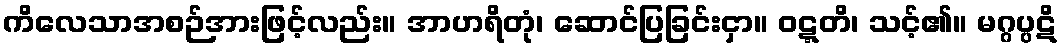
ကိလေသာအစဉ်အားဖြင့်လည်း။ အာဟရိတုံ၊ ဆောင်ပြခြင်းငှာ။ ဝဋ္ဋတိ၊ သင့်၏။ မဂ္ဂပ္ပဋိ